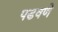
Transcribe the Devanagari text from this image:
पडवणे